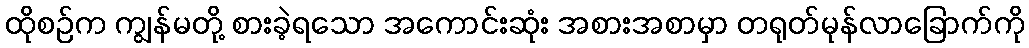
ထိုစဉ်က ကျွန်မတို့ စားခဲ့ရသော အကောင်းဆုံး အစားအစာမှာ တရုတ်မုန်လာခြောက်ကို